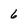
Character: 6